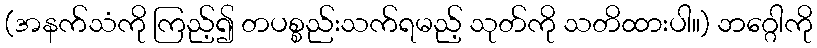
(အနက်သံကို ကြည့်၍ တပစ္စည်းသက်ရမည့် သုတ်ကို သတိထားပါ။) ဘဂ္ဂေါကို